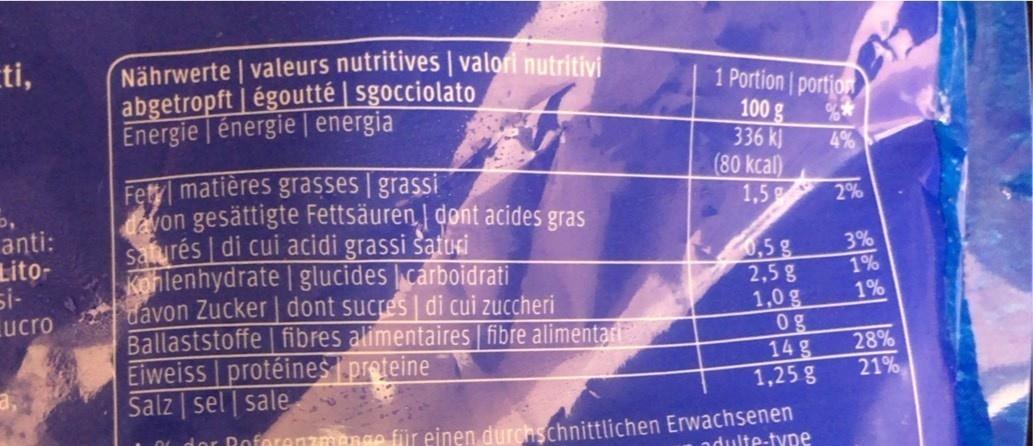
ti,
Nährwerte | valeurs nutritives | valori nutritivi abgetropft | égoutté | sgocciolato Energie | énergie | energia
1 Portion portion
100 g 336 k) (80 kcal) 1,5
4%
Fet matières grasses | grassi devon gesättigte Fettsäuren dont acides gras saturés di cui acidi grassi šatuxi Kohlenhydrate | glucides carboidrati davon Zucker dont sucres | di cui zuccheri Ballaststoffe fibres alimentaires fibre alimentari Eiweiss protéines proteine Salz | sel | sale
2%
anti: Lito- si- ucro
3% 1%
0,5g 2,5g 1,0 g 0g 14 g 1,25 g
1%
28% 21%
1or Roforenzmenge für einen, durchschnittlichen Erwachsenen adulte-type